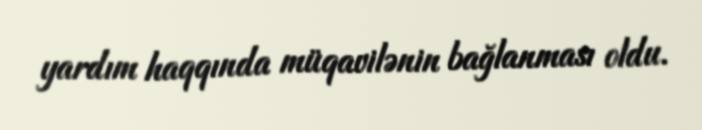
yardım haqqında müqavilənin bağlanması oldu.